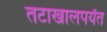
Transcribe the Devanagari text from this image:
तटाखालपर्यंत